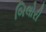
બિલોરી